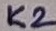
Text: K2